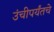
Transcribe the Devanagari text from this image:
उंचीपर्यंतचे